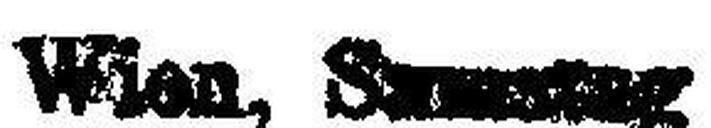
Wien, Samstag